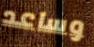
وساعد